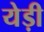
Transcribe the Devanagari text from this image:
येड़ी